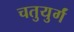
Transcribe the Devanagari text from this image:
चतुयुर्गं